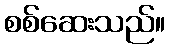
စစ်ဆေးသည်။